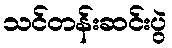
သင်တန်းဆင်းပွဲ